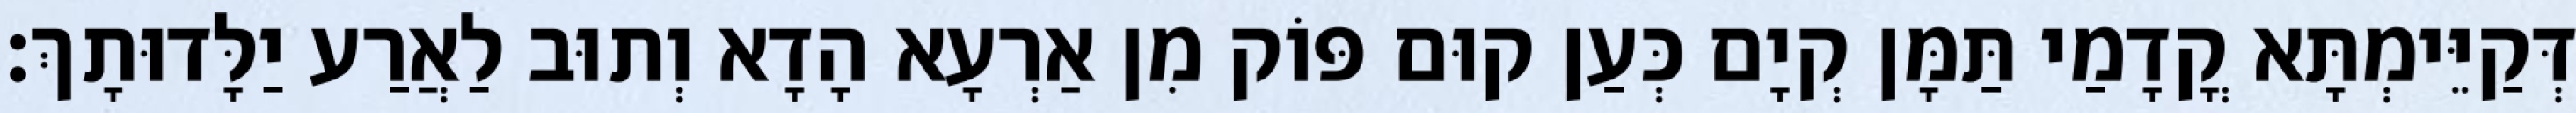
דְּקַיֵּימְתָּא קֳדָמַי תַּמָּן קְיָם כְּעַן קוּם פּוֹק מִן אַרְעָא הָדָא וְתוּב לַאֲרַע יַלָּדוּתָךְ׃